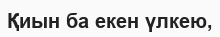
Қиын ба екен үлкею,